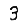
Digit: 3